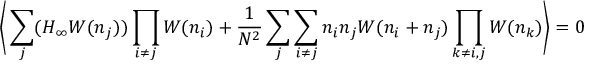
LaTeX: \bigg \langle \sum _ { j } ( H _ { \infty } W ( n _ { j } ) ) \prod _ { i \not = j } W ( n _ { i } ) + { \frac { 1 } { N ^ { 2 } } } \sum _ { j } \sum _ { i \not = j } n _ { i } n _ { j } W ( n _ { i } + n _ { j } ) \prod _ { k \not = i , j } W ( n _ { k } ) \bigg \rangle = 0